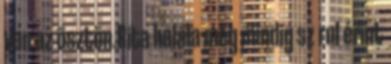
van az ösztön.Rita halála még mindig sz rul érint